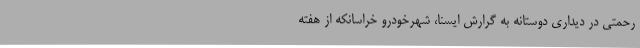
رحمتی در دیداری دوستانه به گرارش ایسنا، شهرخودرو خراسانکه از هفته